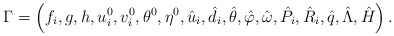
\begin{align*}\Gamma=\left(f_{i},g,h,u_{i}^{0},v_{i}^{0},\theta^{0},\eta^{0},\hat{u}_{i},\hat{d}_{i},\hat{\theta},\hat{\varphi},\hat{\omega},\hat{P}_{i},\hat{R}_{i},\hat{q},\hat{\Lambda},\hat{H}\right).\end{align*}